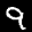
Label: 9